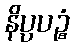
နိပ္ပပဉ္စံ